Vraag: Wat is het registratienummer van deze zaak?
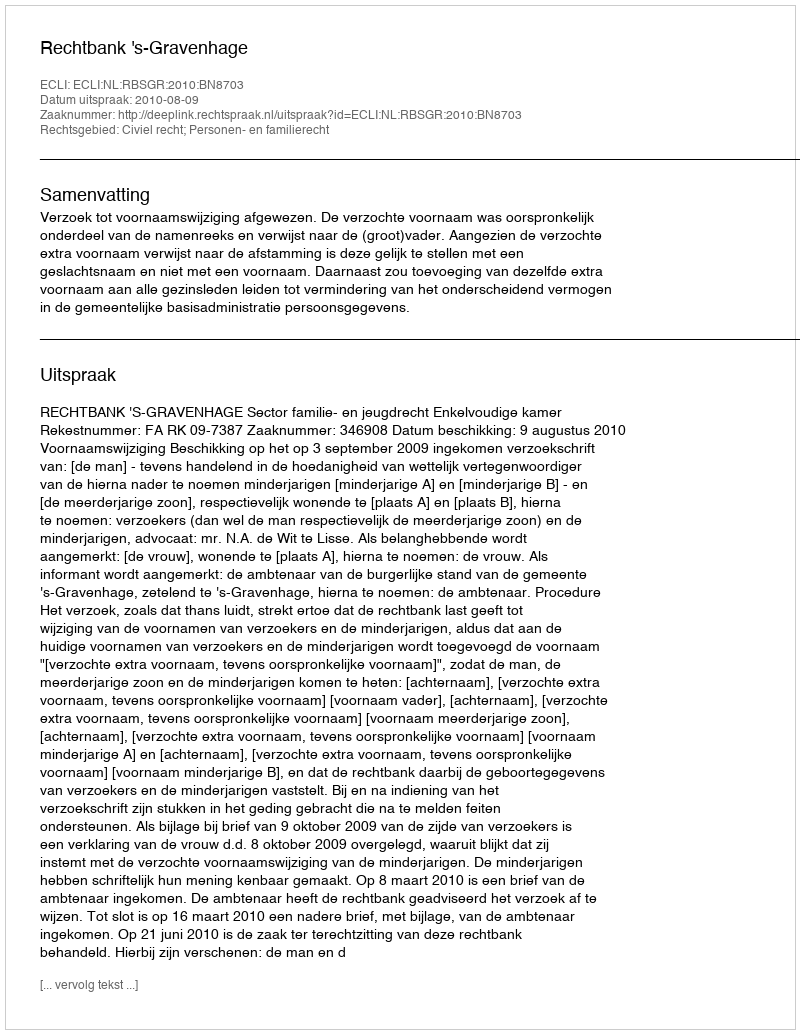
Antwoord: http://deeplink.rechtspraak.nl/uitspraak?id=ECLI:NL:RBSGR:2010:BN8703